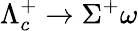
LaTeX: \Lambda_{c}^{+}\to\Sigma^{+}\omega